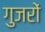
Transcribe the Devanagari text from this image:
गुजरों